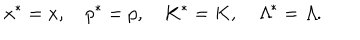
x ^ { * } = x , \quad p ^ { * } = p , \quad K ^ { * } = K , \quad { \mit \Lambda } ^ { * } = { \mit \Lambda } .